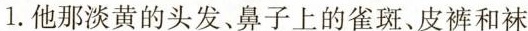
1.他那淡黄的头发、鼻子上的雀斑、皮裤和袜